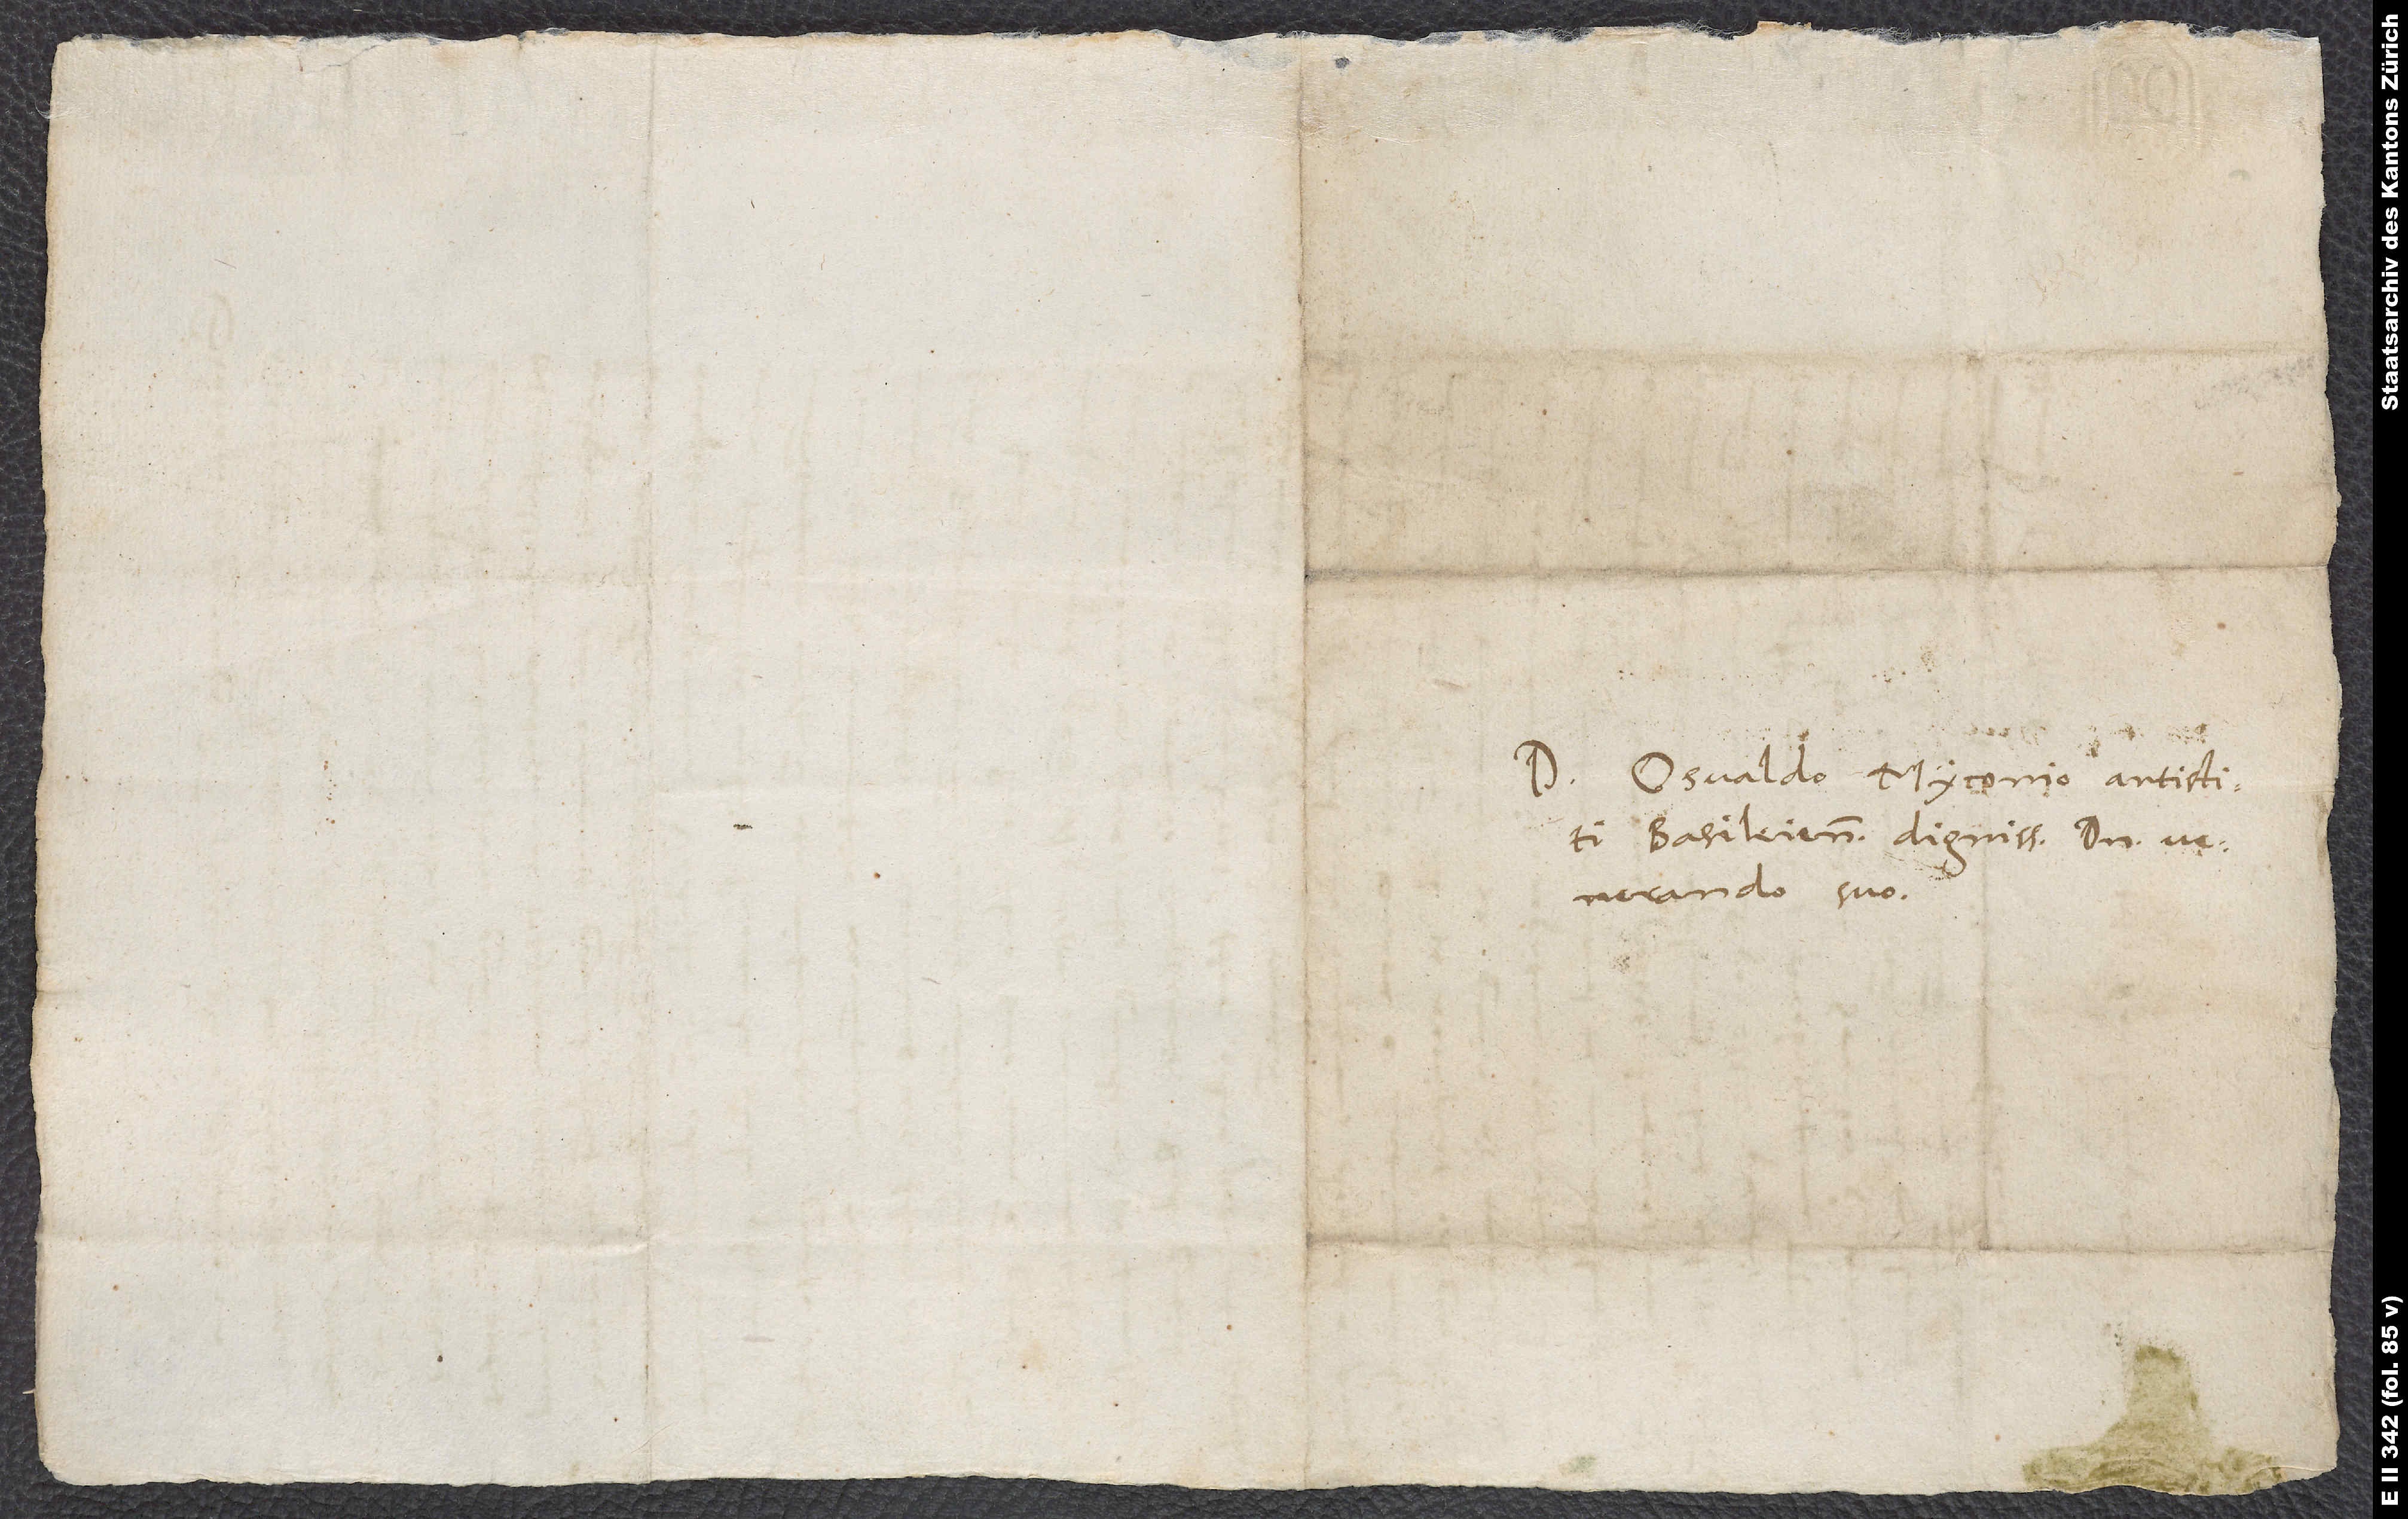
Domino Osvaldo Myconio, antistiti
Basileiensi dignissimo, domino
venerando suo.